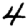
Digit: 4